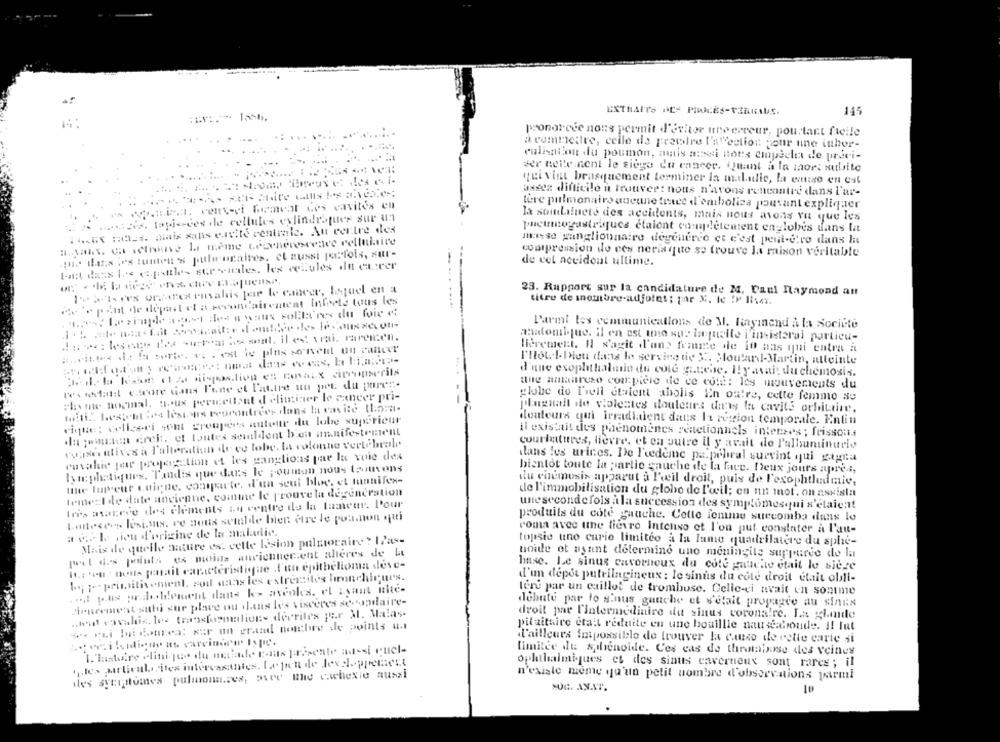
EXTRAITS DES PIWOLES-TERRAUS.
145
prononcée nons permit d'éviter une erreur, pourtant facile
a commettre, celle de peevire l'a "ection pour une inher-
calisation du poumon, mais aussi nous empdelta de preci-
der nelle nent le siège du enneer. Quant à la maors subite
qui vint brusquement terminer la maladie, la ettso en est
assez difficile à trouver: nous n'avons rencontre dans l'ar-
papa. venteet fuemeat des cavités en
tere pulmonaire aucune trace d'embolics pouvant expliquer
vs. topieces de cellules cylindriques sur un
la soudainete des accidents, mais nous avons vu que les
HE dials xans evite centrale. Au centre des
pneumogastriques ctaiont complètement englobes dans la
masse ganglionnaire degeneree et c'est peut-être dans la
In. that's ie's lumen % pule ogaires. el aussi parfois, sur-
coutpression de ees neriaque se trouve la maison veritable
Int dans Les efottles stronales, les cellules in eurer
de cet accident ultime.
1al des ore unahis for le cancer, Ioquel en a
23. Rapport sur la candidature de M. Paul Raymond an
.part de départ et a secondairement Infeels tous les
titre de snombre-adjoint; par X. le IF HisAv.
Parmi les communications de M. Rayinend à la Societe
datee: les care Ces surrar ie seat. il est vrai. raremen.
anatomique. il en est une sur laquelle j'insisteral particu-
lièrement. Il s'agit d'une femme de io aas qui entra a
I'llot. I. Dieu dans le serving de 3. Moulanl-Martin, allointe
d'une exophthalmio du cote gt;che, Ily avait du chemosis.
lex ietatt estrore dans l'une et l'autre uu pet du pares-
the amaareso compiere de ce cote: les mouvements du
Phone nocmal. nous permettant d eliminer le cancer pri-
globe de L'iell étaient abolis En outre, cette femme se
heti .. 1est ht :64 lestas teurontrees dans la cavité thoma-
plugnall de violentes douleurs darwy la cavité orbitaire.
rique: celles-ci scht groupers autour du lobe supérieur
dentours qui irradiaient dats It region temporale. Enlin
In justasn erek. et toutes seinldent bien annifestement
il existait des phénomènes reactionnels intenses ; frissons
esse atives à I'alteration de ve tobe, la colonne vertébrale
courbatures, lievre. et en outre il y avait de P'albuminurio
envahie fete porejeg tion et les ganglions par la voie des
dans les urines. De l'uedeme pa.pebral survint qui gagna
lymphatiques. Tandis que dans le poumon nous teuvons
bientot toute la partie gauche de la face. Deux jours apres,
the Imyeur quiche, compacte, d'un seul bloe, et mannifes-
du coumusis apparut à l'oeil droit, puis de l'exophtludmie,
teneel de date ancienne, comme le prouve la degeneration
de l'immobilisation du globo de l'weil; en un mot. on assisla
Ires ataceve des elements in centre de la tumeur. Pour
une seconde fois à la succession des symptomesqui s'étaient
ttese, losions, ve nous semalde bien etre le poa.non qui
produits du cote gauche. Cette femme suecomba dans le
a c. I rieu d'origine de la maladie.
roma avec une lievro Intense et l'on put constater a l'au-
Mais de quelle mature es. cette lesion pulmonaire ? IPas-
topsie uno curio limiteo a la lame quadrilatère du sple-
pit des points ex moins anciennecient alteres de la
noide et asaint determine uno meningite suppurse de la
M .: 'en . nous gmail caractéristique ,l'un epithelioma dove-
base. Le sinus cavernoux du cote gauche etait le siège
1; i primitivement, sod sans les extremzites bronchiques.
d'un dépor putrilagineux : le sinus du cote droit était obli-
.. pus prado blement dans ke> avcokes. el isant the-
tere par un caillot de trombose. Celle-ci avait en sontme
Sipurement suhi sur place ou ilans les visceres sessadaire-
dehate par lo sinus gauche ot s'était propagce au sinns
.that vovahis. les transformations decritex per M. Malas-
droit par l'intermédiaire du sinus coronaire. La glande
.. rui loi dotrea: sur un grand noichre de points u.
pitaitaire etait réduite en une bouillie nauséabonde. I! Iut
l'ailleurs Impossible de trouver la camuso de cette carie si
.veileddione as varcinco Ispie.
limitée du shienoide. Ces cas de thenabuse des veines
1.les pelicula ites interessantes. Legen de developpenett
ophthalmiques et des sinus caverneux sont rares; il
des sycustomes pulmonares, pree the cachexie aussi
n'existe meme qu'un petit nombre d'observations parmi
NOR ANAT.
10